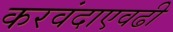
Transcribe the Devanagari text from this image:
करवंदाएवढी